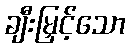
ချီးမြှင့်သော